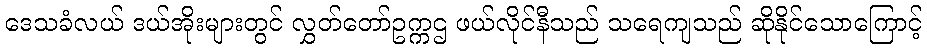
ဒေသခံလယ် ဒယ်အိုးများတွင် လွှတ်တော်ဥက္ကဌ ဖယ်လိုင်နီသည် သရေကျသည် ဆိုနိုင်သောကြောင့်